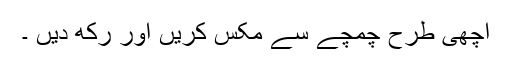
اچھی طرح چمچے سے مکس کریں اور رکھ دیں ۔